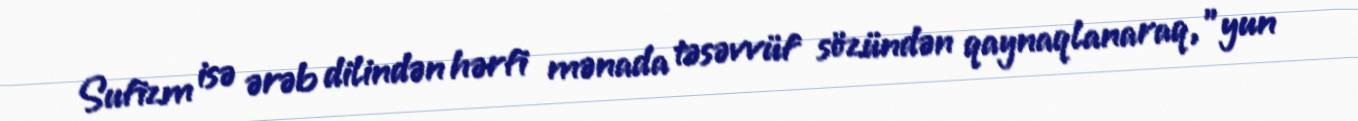
Sufizm isə ərəb dilindən hərfi mənada təsəvvüf sözündən qaynaqlanaraq, "yun